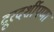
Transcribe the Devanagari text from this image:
दूरदर्शीपणा